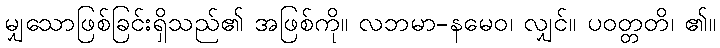
မျှသောဖြစ်ခြင်းရှိသည်၏ အဖြစ်ကို။ လဘမာ-နမေဝ၊ လျှင်။ ပဝတ္တတိ၊ ၏။